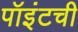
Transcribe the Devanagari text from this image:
पॉइंटची